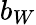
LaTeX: b_{W}